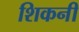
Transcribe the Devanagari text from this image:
शिकनी